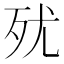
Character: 𣧗